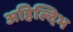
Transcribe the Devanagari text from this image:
अहिल्दिभ